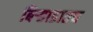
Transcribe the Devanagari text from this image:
बिऱ्हाडातच